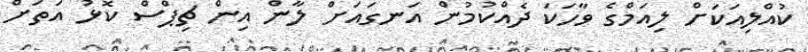
ކުއްލިއަކަށް ލިއަމްގެ ވާހަކަ ދެއްކުމުން އަނގައަށް ލާން އިން ޗިޕްސް ކޮޅު އަތަށް